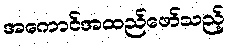
အကောင်အထည်ဖော်သည့်